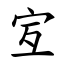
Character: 宐